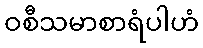
ဝစီသမာစာရံပါဟံ